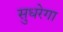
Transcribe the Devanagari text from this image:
सुधरेगा